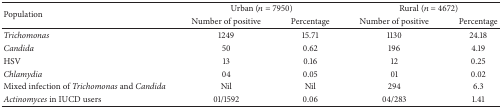
| <ROWSPAN=2> Population | <COLSPAN=2> Urban (n = 7950) | <COLSPAN=2> Rural (n = 4672) |
 | Number of positive | Percentage | Number of positive | Percentage |
 | --- | --- | --- | --- | --- |
 | Trichomonas | 1249 | 15.71 | 1130 | 24.18 |
 | Candida | 50 | 0.62 | 196 | 4.19 |
 | HSV | 13 | 0.16 | 12 | 0.25 |
 | Chlamydia | 04 | 0.05 | 01 | 0.02 |
 | Mixed infection of Trichomonas and Candida | Nil | Nil | 294 | 6.3 |
 | Actinomyces in IUCD users | 01/1592 | 0.06 | 04/283 | 1.41 |